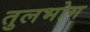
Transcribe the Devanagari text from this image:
तुलभोग